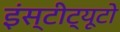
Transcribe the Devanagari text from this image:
इंस्टीट्यूटो